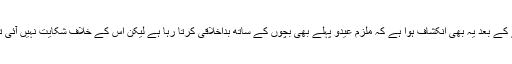
پولیس کا کہنا ہے کہ حالیہ واقعہ پیش آنے کے بعد یہ بھی انکشاف ہوا ہے کہ ملزم عیدو پہلے بھی بچوں کے ساتھ بداخلاقی کرتا رہا ہے لیکن اس کے خلاف شکایت نہیں آئی تھی، ملزم سے مکمل تفتیش کی جائے گی۔